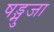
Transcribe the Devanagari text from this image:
षड्भुजा